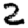
Digit: 2